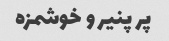
پر پنیر و خوشمزه